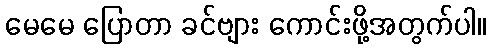
မေမေ ပြောတာ ခင်ဗျား ကောင်းဖို့အတွက်ပါ။